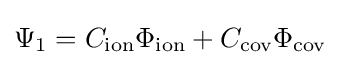
\Psi _{1}=C_{\text{ion}}\Phi _{\text{ion}}+C_{\text{cov}}\Phi _{\text{cov}}